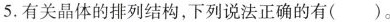
5.有关晶体的排列结构，下列说法正确的有()。